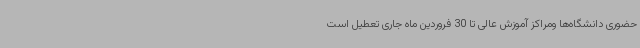
حضوری دانشگاه‌ها ومراکز آموزش عالی تا 30 فروردین ماه جاری تعطیل است